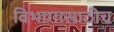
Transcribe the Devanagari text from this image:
विभागासाठीच